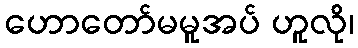
ဟောတော်မမူအပ် ဟူလို၊